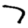
Digit: 7